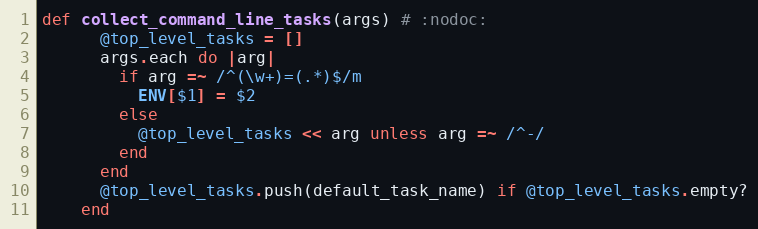
Language: Ruby
def collect_command_line_tasks(args) # :nodoc:
      @top_level_tasks = []
      args.each do |arg|
        if arg =~ /^(\w+)=(.*)$/m
          ENV[$1] = $2
        else
          @top_level_tasks << arg unless arg =~ /^-/
        end
      end
      @top_level_tasks.push(default_task_name) if @top_level_tasks.empty?
    end